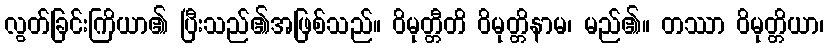
လွတ်ခြင်းကြိယာ၏ ပြီးသည်၏အဖြစ်သည်။ ဝိမုတ္တီတိ ဝိမုတ္တိနာမ၊ မည်၏။ တဿာ ဝိမုတ္တိယာ၊